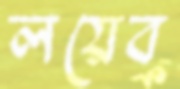
লয়েব